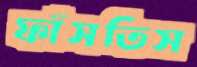
ফাঁসতিস